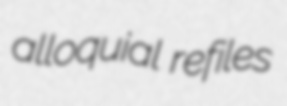
alloquial refiles